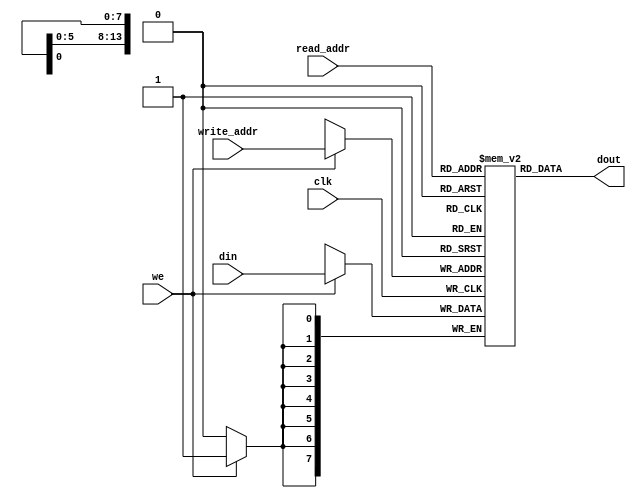
module ram_simple_dp_async_read_16384x8 (clk, we, read_addr, write_addr, din, dout);
    input clk, we;
    input [13:0] read_addr, write_addr;
    input [7:0] din;
    output [7:0] dout;
    
    reg [7:0] ram [16383:0];

    always @(posedge clk)
    begin
        if (we)
            ram[write_addr] <= din;
    end

    assign dout = ram[read_addr];

endmodule